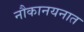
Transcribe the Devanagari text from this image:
नौकानयनात